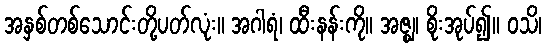
အနှစ်တစ်သောင်းတို့ပတ်လုံး။ အဂါရံ၊ ထီးနန်းကို။ အဇ္ဈ၊ စိုးအုပ်၍။ ဝသိ၊